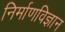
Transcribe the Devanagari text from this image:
निर्माणविज्ञान